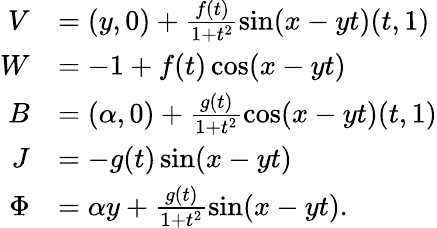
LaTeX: \begin{array}{rl}{V}&{=(y,0)+\frac{f(t)}{1+t^{2}}\sin(x-yt)(t,1)}\\ {W}&{=-1+f(t)\cos(x-yt)}\\ {B}&{=(\alpha,0)+\frac{g(t)}{1+t^{2}}\cos(x-yt)(t,1)}\\ {J}&{=-g(t)\sin(x-yt)}\\ {\Phi}&{=\alpha y+\frac{g(t)}{1+t^{2}}\sin(x-yt).}\end{array}